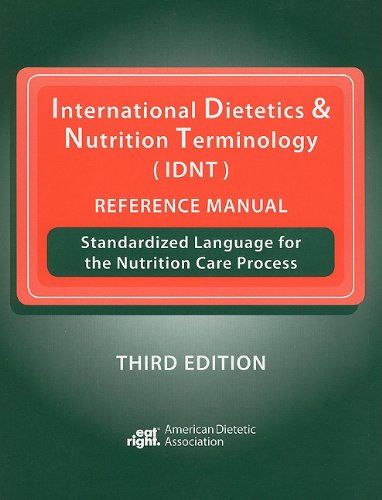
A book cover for International Dietetics & Nutrition Terminology (IDNT) Reference Manual: Standardized Language for the Nutrition Care Process; ADA; Medical Books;